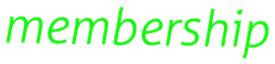
membership